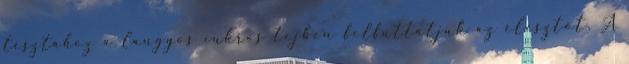
tésztához a langyos cukros tejben felfuttatjuk az élesztőt. A